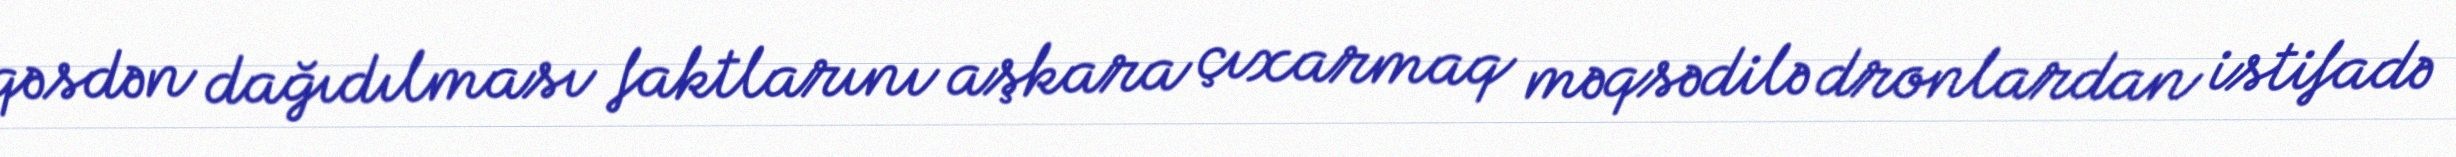
qəsdən dağıdılması faktlarını aşkara çıxarmaq məqsədilə dronlardan istifadə